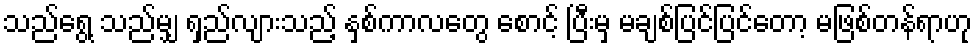
သည်ရွေ့ သည်မျှ ရှည်လျားသည့် နှစ်ကာလတွေ စောင့် ပြီးမှ မချစ်ပြင်ပြင်တော့ မဖြစ်တန်ရာဟု